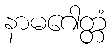
နာမဂေါတ္တံ